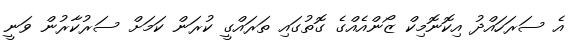
އެ ސަރަހައްދު އިކޮނޮމިކް ޒޯންއެއްގެ ގޮތުގައި ތަރައްގީ ކުރަން ކަމަށް ސަރުކާރުން ވަނީ